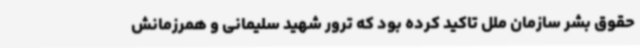
حقوق بشر سازمان ملل تاکید کرده بود که ترور شهید سلیمانی و همرزمانش